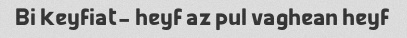
Bi keyfiat- heyf az pul vaghean heyf